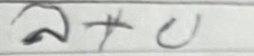
ล+บ